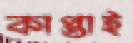
কাপ্তাই